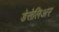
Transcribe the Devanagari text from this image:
डेसेलिअर